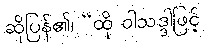
ဆိုပြန်၏၊ “ထို ဝါသဒ္ဒါဖြင့်